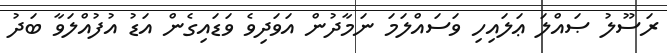
ރަސޫލު ޞައްލަ ޢަލައިހި ވަސައްލަމަ ނަމާދުން އަވަދިވެ ވަޑައިގެން އަޑު އުފުއްލަވާ ބަދު